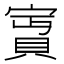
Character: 𡪛